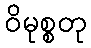
ဝိမုစ္စတု